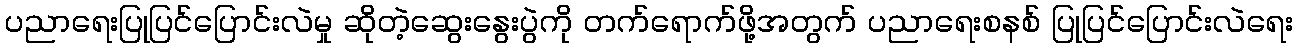
ပညာရေးပြုပြင်ပြောင်းလဲမှု ဆိုတဲ့ဆွေးနွေးပွဲကို တက်ရောက်ဖို့အတွက် ပညာရေးစနစ် ပြုပြင်ပြောင်းလဲရေး